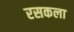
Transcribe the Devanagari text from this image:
रसकला